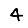
Digit: 4